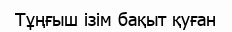
Тұңғыш ізім бақыт қуған